Statistical return of the lunatic asylum in Assam - 1912-1932
Year: 1912
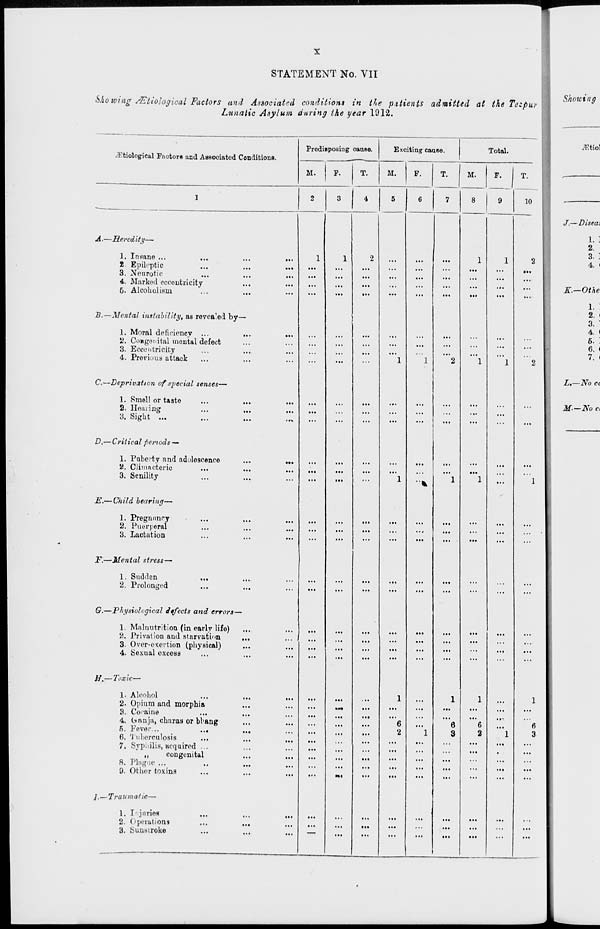
STATEMENT No. VII
Shoiving /Etiological Factors and Associated condition* in tie pitients admitted at the Tezpur
Lunatic Asylum during the year 1912.
iEtiologieal Factors and Associated Conditiona.
A.—Heredity—
1. Insane ...
t. Epileptic
3. Neurotic
4. Marked eccentricity
6. Alcoholism
B.—Mental instability, as revealed by—
1. Moral deficiency ...
,.
2. CoBgenital mental defect
3. Eccentricity
4. Previous attack
C.—Deprivation of sjtecial senses-
1. Smell or taste
2. Healing
3. Sight ...
D.—Critical periods —
1. Puberty and adolescence
2. Climacteric
3. Senility
E.— Child bearing—
1. Pregnnnry
2. Puerperal
3. Lactation
JF',—Mental stress—
1. Sudden
2. Prolonged
...
6.—Physiological defects and errors—
1. Malnutrition (in early life)
2. Privalion and starvation
,
3. Over-exertion (physical)
.
4. Sexual excess
H.— Toxic-
1. Alcohol
...
2. Opium and morphia
...
8. Cocaine
...
•a. (ianja, charas or bhang
...
6, Fever...
...
•••
6. Tuberculosis
...
7. SyP'ilis, acquired ...
...
„
congenital
...
8. Plague ...
...
0. Other toxins
...
I.—Trail mafic—
1, Injuries
...
...
2. Operations
...
...
3. Suusiroke
...
...
Predisposing cause.
Exciting cause.
Total.
M.
F.
M.
F.
M.
9
10
1
...
...
...
...
...
...
...
...
iEtiol
J.—Diseai
1. "
2.
3.:
4. i
K.—Othe
1.
2. t
3. "
4. I
6.:
6. (
7. I
L.—No ci
M-—No d
6
'3